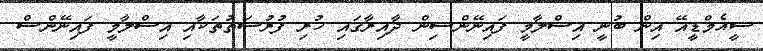
ސީއެމްޑީއޭ އިން ބުނީ އިސްލާމީ ފައިނޭންސިން ދާއިރާގައި ހުރި ފުރުސަތުތަކާއި އިސްލާމީ ފައިނޭންސް